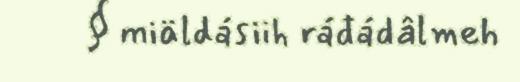
§ miäldásiih ráđádâlmeh